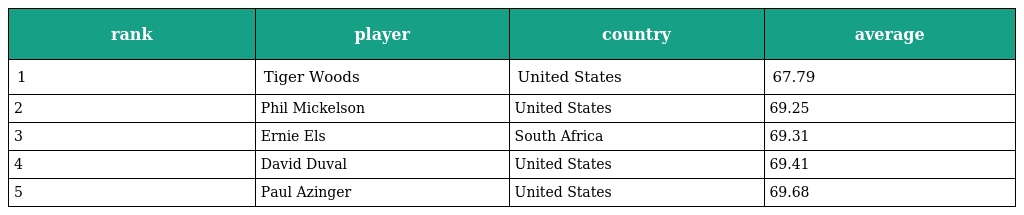
| rank | player | country | average |
 | --- | --- | --- | --- |
 | 1 | Tiger Woods | United States | 67.79 |
 | 2 | Phil Mickelson | United States | 69.25 |
 | 3 | Ernie Els | South Africa | 69.31 |
 | 4 | David Duval | United States | 69.41 |
 | 5 | Paul Azinger | United States | 69.68 |